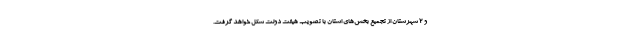
و 2 شهرستان از تجمیع بخش‌های استان با تصویب هیئت دولت شکل خواهد گرفت.